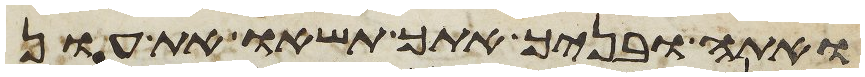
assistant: ואתה ובניך אתך תשאו את עון